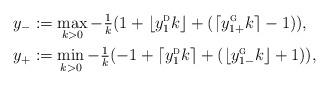
LaTeX: \begin{align*}y_-&:= \max_{k>0} -{{\textstyle{\frac{1}{k}}}}(1 + \lfloor y_1^{\textsc{d}} k \rfloor +(\lceil y_{1+}^{\textsc{g}} k \rceil - 1) ), \\ y_+&:= \min_{k>0} -{{\textstyle{\frac{1}{k}}}}(-1 + \lceil y_1^{\textsc{d}} k \rceil +(\lfloor y_{1-}^{\textsc{g}} k \rfloor + 1) ),\end{align*}